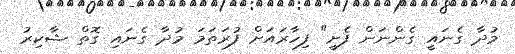
މުދާ ގެނައީ ގެންނަން ފެށީ" ފިހާރައަށް ފުރަތަމަ މުދާ ގެނައި ގޮތް ޝާކިރު